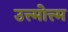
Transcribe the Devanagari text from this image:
उत्त्मोत्त्म